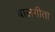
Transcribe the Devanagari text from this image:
बालगीता